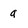
Character: a